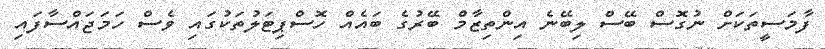
ފާމަސީތަކަށް ނުގޮސް ބޭސް ލިބޭނެ އިންތިޒާމް ބޭރުގެ ބައެއް ހޮސްޕިޓަލުތަކުގައި ވެސް ހަމަޖައްސާފައި